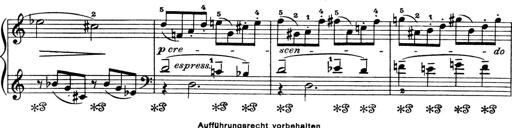
Title: 4 Sonatines
Composer: Max Reger